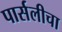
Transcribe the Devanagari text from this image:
पार्सलीचा